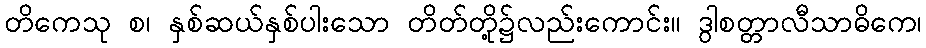
တိကေသု စ၊ နှစ်ဆယ်နှစ်ပါးသော တိတ်တို့၌လည်းကောင်း။ ဒွါစတ္တာလီသာဓိကေ၊